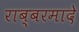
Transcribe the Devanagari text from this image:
राब्बरमादे